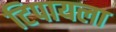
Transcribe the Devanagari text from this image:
टिपायला